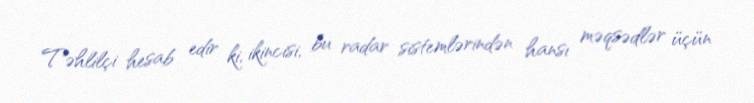
Təhlilçi hesab edir ki, ikincisi, bu radar sistemlərindən hansı məqsədlər üçün